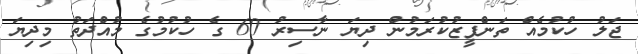
ޖަލު ހުކުމެއް ތަންފީޒުކުރަމުން ދިޔަ ނާސިރު 60 ގެ ހުކުމުގެ މުއްދަތު މިދިޔަ